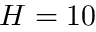
H = 1 0